Report of the Municipal Commissioner on the plague in Bombay for the year ending 31st May... - Volume 1
Disease focus: Plague
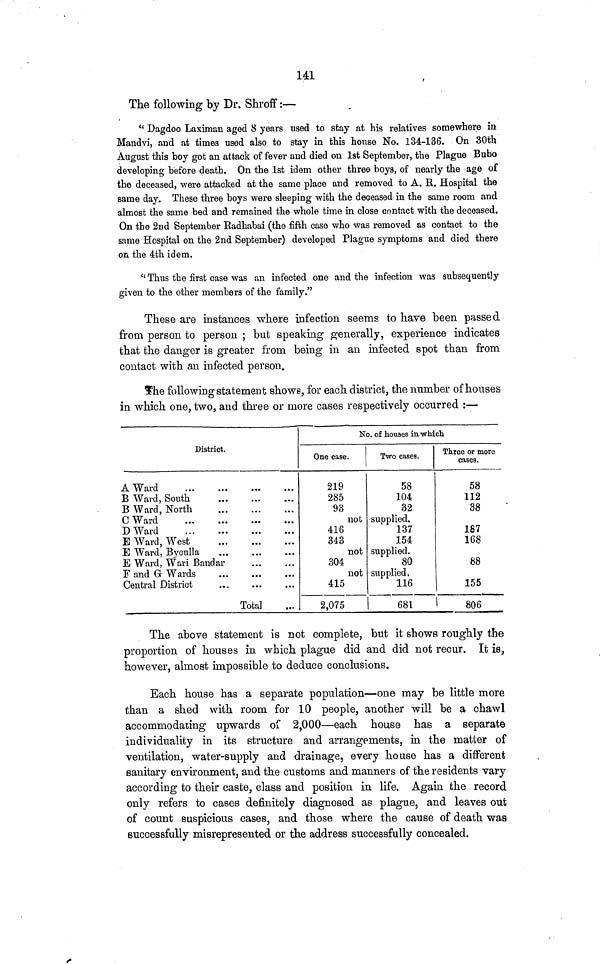
141
The following by Dr. Shroff:—
" Dagdoo Laximan aged 8 years used to stay at his relatives somewhere m
Mandvi, and at times used also to stay in this house No. 134-136. On 30th
August this boy got an attack of fever and died on 1st September, the Plague Bubo
developing before death. On the 1st idem other three boys, of nearly the age of
the deceased, were attacked at the same place and removed to A. R. Hospital the
same day. These three boys were sleeping with the deceased in the same room and
almost the same bed and remained the whole time in close contact with the deceased.
On the 2nd September Radhabai (the fifth case who was removed as contact to the
same Hospital on the 2nd September) developed Plague symptoms and died there
on the 4th idem.
"Thus the first case was an infected one and the infection was subsequently
given to the other members of the family."
These are instances where infection seems to have been passed
from person to person ; but speaking generally, experience indicates
that the danger is greater from being in an infected spot than from
contact with an infected person.
The following statement shows, for each district, the number of houses
in which one, two, and three or more cases respectively occurred :—
District.
A Ward
,.
B Ward, South
B Ward, North
CWard
D Ward
E Ward, West
E Ward, Byculla
E Ward, Wari Bandar
F and G Wards
Central District
Total
No. of houses in which
One case.
219
285
93
not
416
343
not
304
not
415
2,075
Two cases.
58
104
32
supplied.
137
154
supplied.
80
supplied.
116
681
Three or more
cases.
58
112
38
187
168
88
155
!
806
The above statement is not complete, but it shows roughly the
proportion of houses in which plague did and did not recur. It is,
however, almost impossible to deduce conclusions.
Each house has a separate population—one may be little more
than a shed with room for 10 people, another will be a chawl
accommodating upwards of 2,000—each house has a separate
individuality in its structure and arrangements, in the matter of
ventilation, water-supply and drainage, every house has a different
sanitary environment, and the customs and manners of the residents vary
according to their caste, class and position in life. Again the record
only refers to cases definitely diagnosed as plague, and leaves out
of count suspicious cases, and those where the cause of death was
successfully misrepresented or the address successfully concealed.